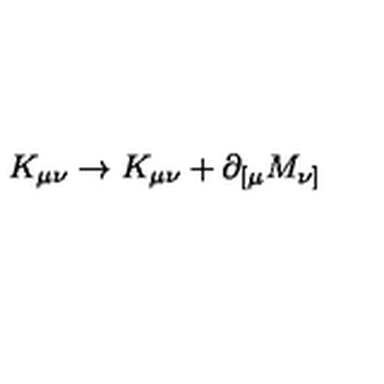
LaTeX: K _ { \mu \nu } \rightarrow K _ { \mu \nu } + \partial _ { [ \mu } M _ { \nu ] }